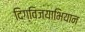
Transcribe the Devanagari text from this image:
दिग्विजयाभियान